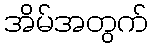
အိမ်အတွက်